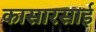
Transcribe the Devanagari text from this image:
कासारसाई